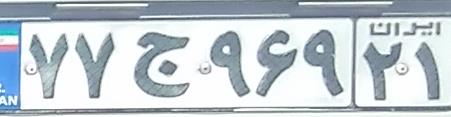
۷۷ج۹۶۹۲۱